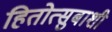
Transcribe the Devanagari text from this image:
हितोत्सुबाशी